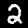
Label: 2